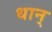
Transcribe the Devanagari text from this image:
धान्